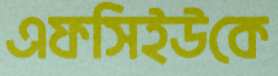
এফসিইউকে